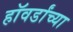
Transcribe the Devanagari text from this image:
हॉवर्डांच्या